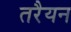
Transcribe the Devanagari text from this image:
तरैयन